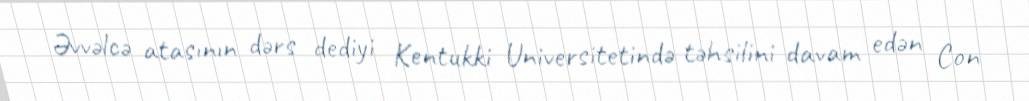
Əvvəlcə atasının dərs dediyi Kentukki Universitetində təhsilini davam edən Con